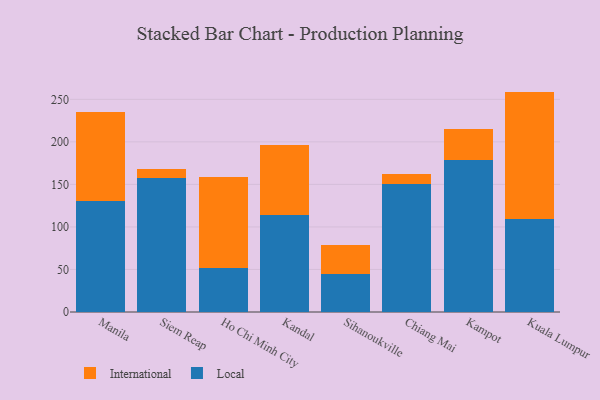
{"axis": {"x": "City", "y": "Shipments"}, "legend": ["International", "Local"], "data": [{"x": "Manila", "y": 130.1, "type": "Local"}, {"x": "Manila", "y": 105.3, "type": "International"}, {"x": "Siem Reap", "y": 157.5, "type": "Local"}, {"x": "Siem Reap", "y": 10.1, "type": "International"}, {"x": "Ho Chi Minh City", "y": 52.3, "type": "Local"}, {"x": "Ho Chi Minh City", "y": 106.1, "type": "International"}, {"x": "Kandal", "y": 114.3, "type": "Local"}, {"x": "Kandal", "y": 82.0, "type": "International"}, {"x": "Sihanoukville", "y": 44.9, "type": "Local"}, {"x": "Sihanoukville", "y": 34.2, "type": "International"}, {"x": "Chiang Mai", "y": 149.9, "type": "Local"}, {"x": "Chiang Mai", "y": 11.8, "type": "International"}, {"x": "Kampot", "y": 178.7, "type": "Local"}, {"x": "Kampot", "y": 36.6, "type": "International"}, {"x": "Kuala Lumpur", "y": 109.4, "type": "Local"}, {"x": "Kuala Lumpur", "y": 149.7, "type": "International"}]}